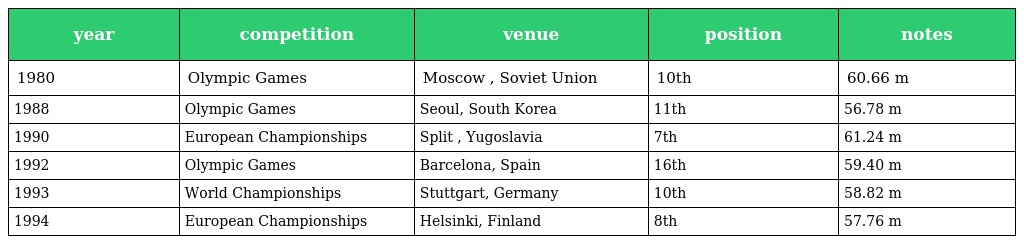
| year | competition | venue | position | notes |
 | --- | --- | --- | --- | --- |
 | 1980 | Olympic Games | Moscow , Soviet Union | 10th | 60.66 m |
 | 1988 | Olympic Games | Seoul, South Korea | 11th | 56.78 m |
 | 1990 | European Championships | Split , Yugoslavia | 7th | 61.24 m |
 | 1992 | Olympic Games | Barcelona, Spain | 16th | 59.40 m |
 | 1993 | World Championships | Stuttgart, Germany | 10th | 58.82 m |
 | 1994 | European Championships | Helsinki, Finland | 8th | 57.76 m |